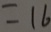
= 1 6